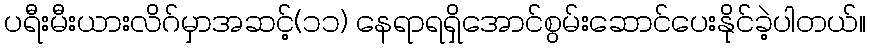
ပရီးမီးယားလိဂ်မှာအဆင့်(၁၁) နေရာရရှိအောင်စွမ်းဆောင်ပေးနိုင်ခဲ့ပါတယ်။